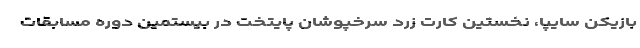
بازیکن سایپا، نخستین کارت زرد سرخپوشان پایتخت در بیستمین دوره مسابقات